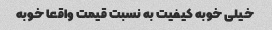
خیلی خوبه کیفیت به نسبت قیمت واقعا خوبه